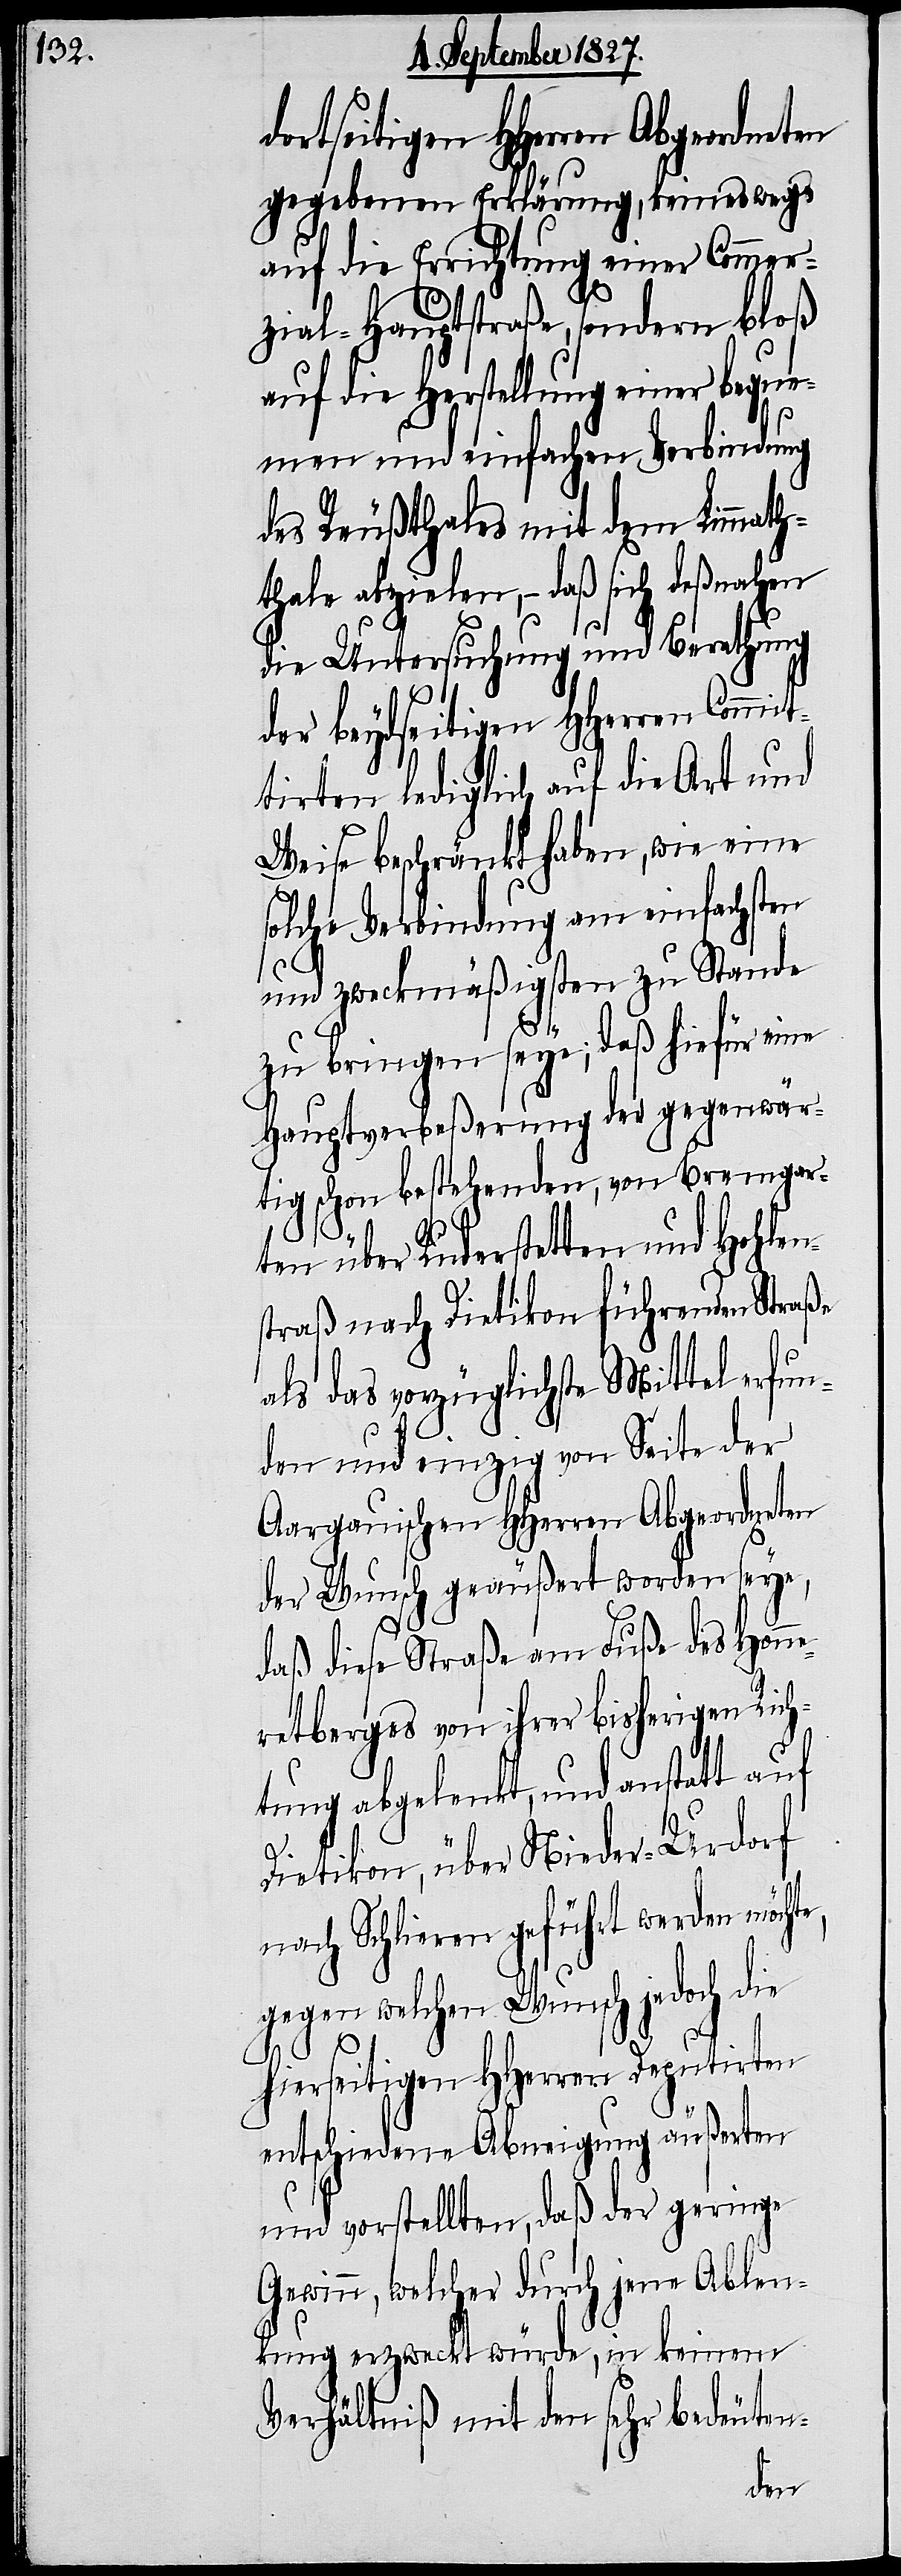
dortseitigen HHerren Abgeordne¬
gegebenen Erklärung, keineswegs
auf die Errichtung einer Commer¬
zial-Hauptstraße, sondern bloß
auf die Herstellung einer bequ¬
emen und einfachen Verbindung
des Reußthales mit dem Limmath¬
thale abzielen, – daß sich deßnahen
die Untersuchung und Berathung
der beydseitigen HHerren Commit¬
tirten lediglich auf die Art und
Weise beschränkt haben, wie eine
solche Verbindung am einfachsten
und zweckmäßigsten zu Stande
zu bringen seye; daß hiefür eine
Hauptverbeßerung der gegenwär¬
tig schon bestehenden, von Bremgar¬
ten über Ruderstetten und Hohlen¬
straß nach Dietikon führenden Straße
als das vorzüglichste Mittel erfun¬
den und einzig von Seite der
Aargauischen HHerren Abgeordneten
der Wunsch geäußert worden seye,
daß diese Straße am Fuße des Honne¬
retberges von ihrer bisherigen Rich¬
tung abgelenkt, und anstatt auf
Dietikon, über Nieder-Urdorf
nach Schlieren geführt werden möcht¬
gegen welchen Wunsch jedoch die
hierseitigen HHerren Deputirten
entschiedene Abneigung äußerten
e,
und vorstellten, daß der geringe
Gewinn, welcher durch jene Ablen¬
kung erzweckt würde, in keinem
Verhältniß mit den sehr bedeuten-
ten